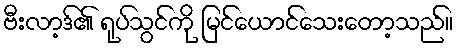
ဗီးလာ့ဒ်၏ ရုပ်သွင်ကို မြင်ယောင်သေးတော့သည်။